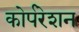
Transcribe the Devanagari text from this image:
कोर्परेशन